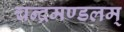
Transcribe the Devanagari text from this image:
चन्द्रमण्डलम्